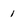
Character: 1